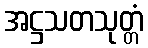
အဋ္ဌသတသုတ္တံ